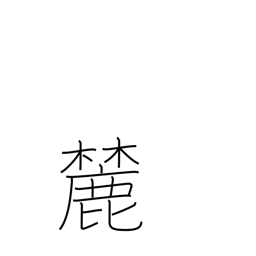
Meaning: foot of a mountain